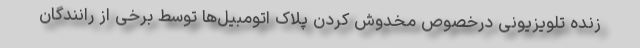
زنده تلویزیونی درخصوص مخدوش کردن پلاک اتومبیل‌ها توسط برخی از رانندگان